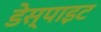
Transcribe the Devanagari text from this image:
डेस्पाइट